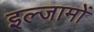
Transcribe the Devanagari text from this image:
इल्जामों